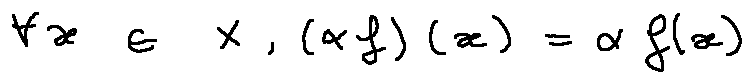
\forall x \in X , ( \alpha f ) ( x ) = \alpha f ( x )